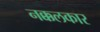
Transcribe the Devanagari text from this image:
नक्कलकार